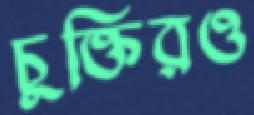
চুক্তিরও